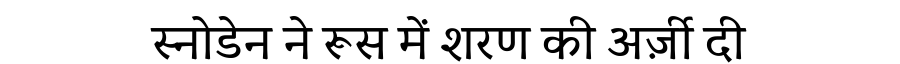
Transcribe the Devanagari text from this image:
स्नोडेन ने रूस में शरण की अर्ज़ी दी